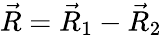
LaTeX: \vec{R}=\vec{R}_{1}-\vec{R}_{2}